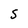
Character: S